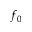
f _ { 0 }